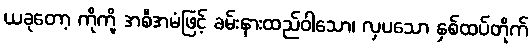
ယခုတော့ ကိုကို့ အစီအမံဖြင့် ခမ်းနားထည်ဝါသော၊ လှပသော နှစ်ထပ်တိုက်